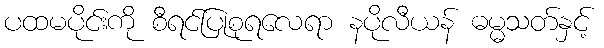
ပထမပိုင်းကို စီရင်ပြုစုရလေရာ နပိုလီယန် ဓမ္မသတ်နှင့်